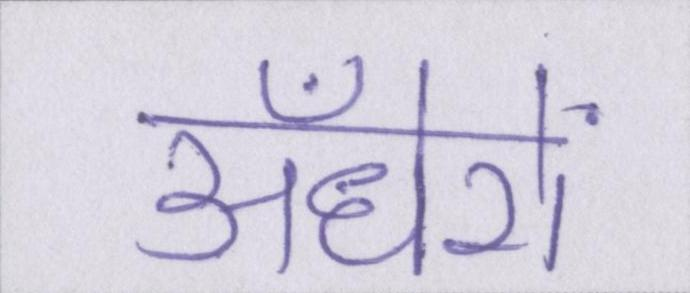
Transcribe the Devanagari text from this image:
अँधेरों